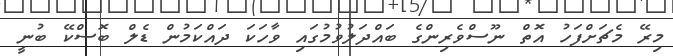
މިރޭ މެޗަށްފަހު އޮތް ނޫސްވެރިންގެ ބައްދަލުވުމުގައި ވާހަކަ ދައްކަމުން ޑެލް ބޮސްކޭ ބުނީ